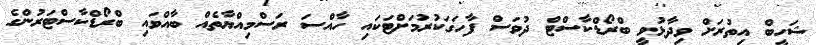
ޝަހީބް އިތުރަށް ވިދާޅުވީ ބްރޯޑްކާސްޓް ދުވަސް ފާހަގަކުރުމަށްޓަކައި ހާއްސަ ރަސްމިއްޔާތެއް ބާއްވައި ބްރޯޑްކާސްޓަރުންގެ